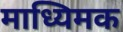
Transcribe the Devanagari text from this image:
माध्यिमक